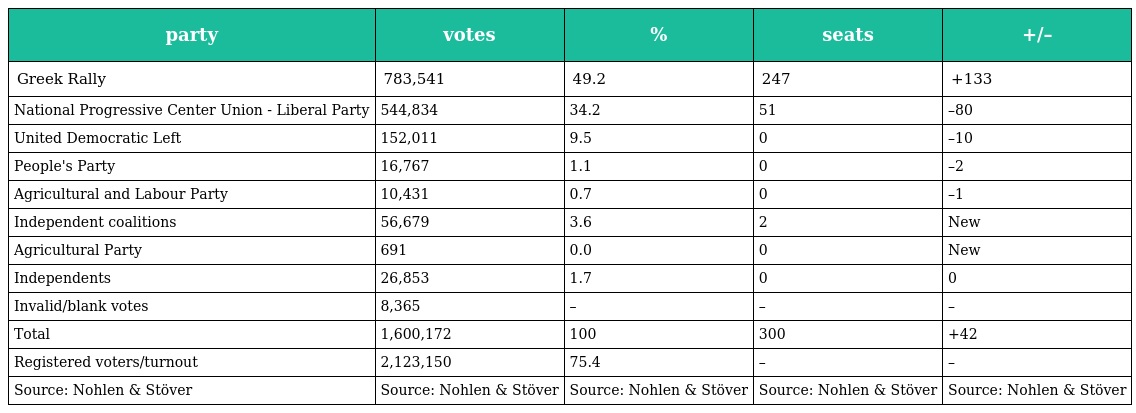
| party | votes | % | seats | +/– |
 | --- | --- | --- | --- | --- |
 | Greek Rally | 783,541 | 49.2 | 247 | +133 |
 | National Progressive Center Union - Liberal Party | 544,834 | 34.2 | 51 | –80 |
 | United Democratic Left | 152,011 | 9.5 | 0 | –10 |
 | People's Party | 16,767 | 1.1 | 0 | –2 |
 | Agricultural and Labour Party | 10,431 | 0.7 | 0 | –1 |
 | Independent coalitions | 56,679 | 3.6 | 2 | New |
 | Agricultural Party | 691 | 0.0 | 0 | New |
 | Independents | 26,853 | 1.7 | 0 | 0 |
 | Invalid/blank votes | 8,365 | – | – | – |
 | Total | 1,600,172 | 100 | 300 | +42 |
 | Registered voters/turnout | 2,123,150 | 75.4 | – | – |
 | Source: Nohlen & Stöver | Source: Nohlen & Stöver | Source: Nohlen & Stöver | Source: Nohlen & Stöver | Source: Nohlen & Stöver |